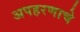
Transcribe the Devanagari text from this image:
अपहरणाचे